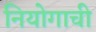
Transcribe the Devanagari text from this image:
नियोगाची